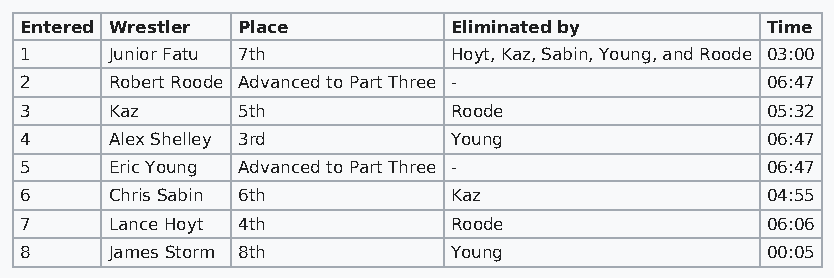
Entered Wrestler Place       Eliminated by        Time
 1     Junior Fatu 7th        Hoyt, Kaz, Sabin, Young, and Roode 03:00
 2     Robert Roode Advanced to Part Three -       06:47
 3     Kaz      5th           Roode                05:32
 4     Alex Shelley 3rd       Young                06:47
 5     Eric Young Advanced to Part Three -         06:47
 6     Chris Sabin 6th        Kaz                  04:55
 7     Lance Hoyt 4th         Roode                06:06
 8     James Storm 8th        Young                00:05